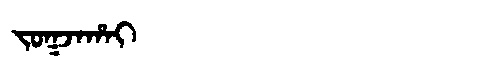
Manchu: ᠵᠣᡴᠵᠠᡥᠠᡳ
Romanization: JOKJAHAI